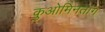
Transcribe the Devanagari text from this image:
कुओमिनतांग